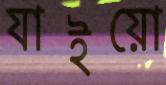
যাইয়ো